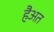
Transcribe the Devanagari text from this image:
हैअत